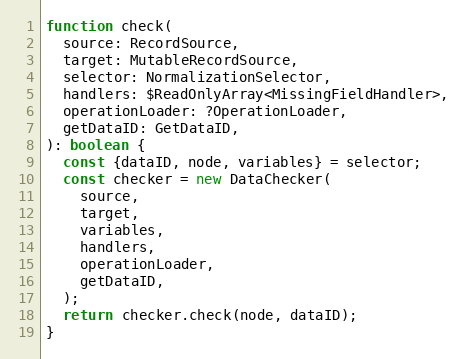
Language: JavaScript
function check(
  source: RecordSource,
  target: MutableRecordSource,
  selector: NormalizationSelector,
  handlers: $ReadOnlyArray<MissingFieldHandler>,
  operationLoader: ?OperationLoader,
  getDataID: GetDataID,
): boolean {
  const {dataID, node, variables} = selector;
  const checker = new DataChecker(
    source,
    target,
    variables,
    handlers,
    operationLoader,
    getDataID,
  );
  return checker.check(node, dataID);
}